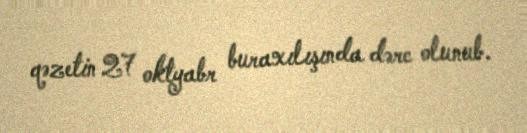
qəzetin 27 oktyabr buraxılışında dərc olunub.